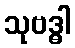
သုဗဒ္ဓါ